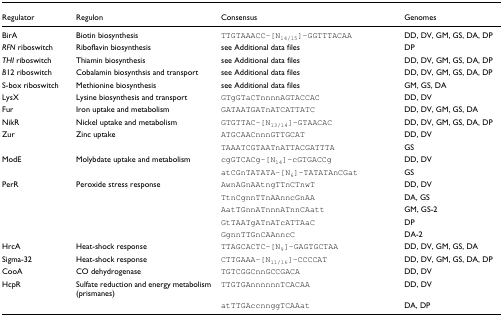
| Regulator | Regulon | Consensus | Genomes |
 | --- | --- | --- | --- |
 | BirA | Biotin biosynthesis | TTGTAAACC-[N14/15]-GGTTTACAA | DD, DV, GM, GS, DA, DP |
 | RFN riboswitch | Riboflavin biosynthesis | see Additional data files | DP |
 | THI riboswitch | Thiamin biosynthesis | see Additional data files | DD, DV, GM, GS, DA, DP |
 | B12 riboswitch | Cobalamin biosynthsis and transport | see Additional data files | DD, DV, GM, GS, DA, DP |
 | S-box riboswitch | Methionine biosynthesis | see Additional data files | GM, GS, DA |
 | LysX | Lysine biosynthesis and transport | GTgGTaCTnnnnAGTACCAC | DD, DV |
 | Fur | Iron uptake and metabolism | GATAATGATnATCATTATC | DD, DV, GM, GS, DA |
 | NikR | Nickel uptake and metabolism | GTGTTAC-[N13/14]-GTAACAC | DD, DV, GM, GS, DA, DP |
 | Zur | Zinc uptake | ATGCAACnnnGTTGCAT | DD, DV |
 |  |  | TAAATCGTAATnATTACGATTTA | GS |
 | ModE | Molybdate uptake and metabolism | cgGTCACg-[N14]-cGTGACCg | DD, DV |
 |  |  | atCGnTATATA-[N6]-TATATAnCGat | GS |
 | PerR | Peroxide stress response | AwnAGnAAtngTTnCTnwT | DD, DV |
 |  |  | TtnCgnnTTnAAnncGnAA | DA, GS |
 |  |  | AatTGnnATnnnATnnCAatt | GM, GS-2 |
 |  |  | GtTAATgATnATcATTAaC | DP |
 |  |  | GgnnTTGnCAAnncC | DA-2 |
 | HrcA | Heat-shock response | TTAGCACTC-[N9]-GAGTGCTAA | DD, DV, GM, GS, DA |
 | Sigma-32 | Heat-shock response | CTTGAAA-[N11/16]-CCCCAT | DD, DV, GM, GS, DA, DP |
 | CooA | CO dehydrogenase | TGTCGGCnnGCCGACA | DD, DV |
 | HcpR | Sulfate reduction and energy metabolism (prismanes) | TTGTGAnnnnnnTCACAA | DD, DV |
 |  |  | atTTGAccnnggTCAAat | DA, DP |